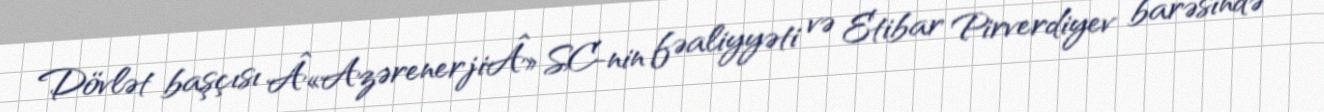
Dövlət başçısı Â«AzərenerjiÂ» SC-nin fəaliyyəti və Etibar Pirverdiyev barəsində